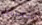
لتقليل